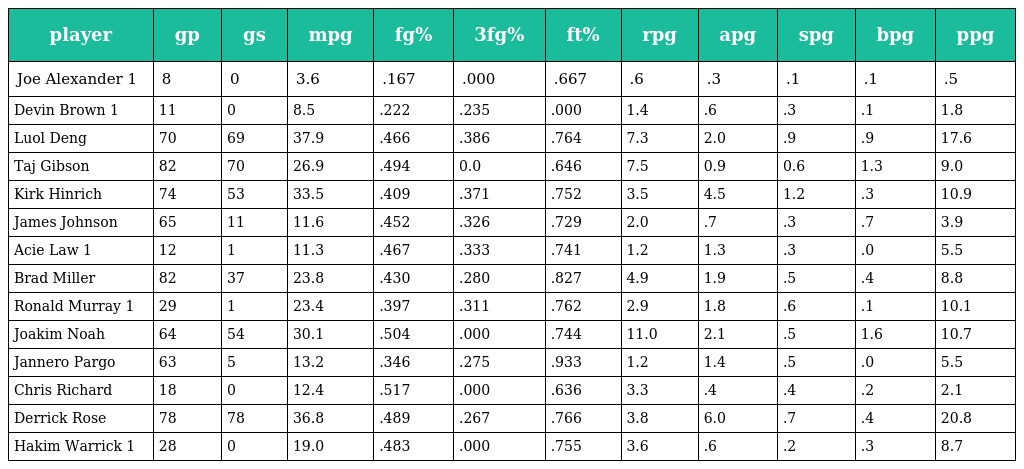
| player | gp | gs | mpg | fg% | 3fg% | ft% | rpg | apg | spg | bpg | ppg |
 | --- | --- | --- | --- | --- | --- | --- | --- | --- | --- | --- | --- |
 | Joe Alexander 1 | 8 | 0 | 3.6 | .167 | .000 | .667 | .6 | .3 | .1 | .1 | .5 |
 | Devin Brown 1 | 11 | 0 | 8.5 | .222 | .235 | .000 | 1.4 | .6 | .3 | .1 | 1.8 |
 | Luol Deng | 70 | 69 | 37.9 | .466 | .386 | .764 | 7.3 | 2.0 | .9 | .9 | 17.6 |
 | Taj Gibson | 82 | 70 | 26.9 | .494 | 0.0 | .646 | 7.5 | 0.9 | 0.6 | 1.3 | 9.0 |
 | Kirk Hinrich | 74 | 53 | 33.5 | .409 | .371 | .752 | 3.5 | 4.5 | 1.2 | .3 | 10.9 |
 | James Johnson | 65 | 11 | 11.6 | .452 | .326 | .729 | 2.0 | .7 | .3 | .7 | 3.9 |
 | Acie Law 1 | 12 | 1 | 11.3 | .467 | .333 | .741 | 1.2 | 1.3 | .3 | .0 | 5.5 |
 | Brad Miller | 82 | 37 | 23.8 | .430 | .280 | .827 | 4.9 | 1.9 | .5 | .4 | 8.8 |
 | Ronald Murray 1 | 29 | 1 | 23.4 | .397 | .311 | .762 | 2.9 | 1.8 | .6 | .1 | 10.1 |
 | Joakim Noah | 64 | 54 | 30.1 | .504 | .000 | .744 | 11.0 | 2.1 | .5 | 1.6 | 10.7 |
 | Jannero Pargo | 63 | 5 | 13.2 | .346 | .275 | .933 | 1.2 | 1.4 | .5 | .0 | 5.5 |
 | Chris Richard | 18 | 0 | 12.4 | .517 | .000 | .636 | 3.3 | .4 | .4 | .2 | 2.1 |
 | Derrick Rose | 78 | 78 | 36.8 | .489 | .267 | .766 | 3.8 | 6.0 | .7 | .4 | 20.8 |
 | Hakim Warrick 1 | 28 | 0 | 19.0 | .483 | .000 | .755 | 3.6 | .6 | .2 | .3 | 8.7 |